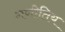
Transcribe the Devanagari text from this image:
गणीतिय